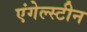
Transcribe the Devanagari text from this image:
एंगेल्स्टीन